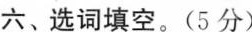
六、选词填空。(5分)